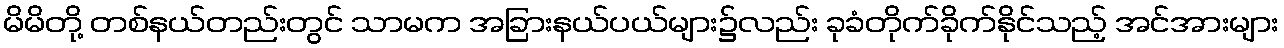
မိမိတို့ တစ်နယ်တည်းတွင် သာမက အခြားနယ်ပယ်များ၌လည်း ခုခံတိုက်ခိုက်နိုင်သည့် အင်အားများ